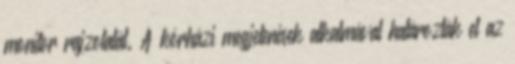
monitor rajzolatát. A kórházi megjelenések alkalmával határozták el az